Vaccination in Burma 1900-1911 - 1900-1911
Year: 1900
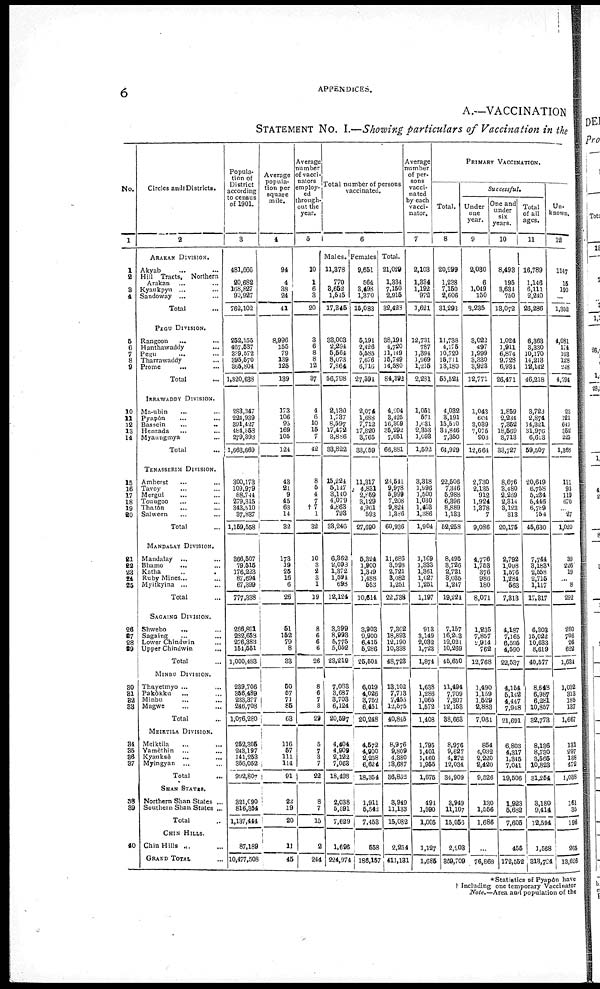
6
APPENDICES.
A.—VACCINATION
STATEMENT No. I.—Showing particulars of Vaccination in the
No.
1
1
2
3
4
5
6
7
8
9
10
11 12
13
14
15
16
17
18
19
20
21
22
23
24
25
26
27
28
29
30
31
32
33
34
35
36
37
38
39
40
Circles and Districts.
2
ARAKAN DIVISION.
Akyab... ... ...
Hill Tracts,
Northern
Arakan... ...
Kyaukpyu... ...
Sandoway ... ...
Total...
PEGU DIVISION.
Rangoon... ... ...
Hanthawaddy... ... ...
Pegu ... ... ...
Tharrawaddy... ...
Prome... ... ...
Total...
IRRAWADDY DIVISION.
Ma-ubin... ... ...
Paypôn... ... ...
Bassein... ...
Henzada... ...
Myaungmya... ...
Total...
TENASSERIM DIVISION.
Amherst... ...
Tavoy... ...
Mergui... ...
Toungoo... ...
Thatôn... ...
Salween... ...
Total...
MANDALAY DIVISION.
Mandalay... ... ...
Bhamo... ... ...
Katha... ... ...
Ruby Mines... ... ... ...
Myitkyina ... ... ...
Total...
SAGAING DIVISION.
Shewebo... ... ...
Sagaing
...
...
...
Lower Chindwin... ...
Upper Chindwin... ...
Total...
MINBU DIVISION.
Thayetmyo... ... ...
Pakôkku... ... ...
Minbu...
...
...
Magwe... ... ...
Total...
MEIKTILA DIVISION.
Meiktila... ... ...
Yamèthin... ... ...
Kyauksè... ... ...
Myingyan... ... ...
Total...
SHAN STATES.
Northern Shan States ...
Southern Shan States ...
Total...
CHIN HILLS.
Chin Hills ... ...
GRAND TOTAL...
Popula-
tion of
District
according
to census
of 1901.
3
481,666
20,682
168,827
90,927
762,102
252,155
467,537
339,572
395,570
365,804
1,820,638
283,347
224,939
391,427
484,553
279,393
1,663,669
300,173
109,979
88,744
279,315
343,510
37,837
1,159,558
366,507
79,515
176,223
87,694
67,399
777,338
286,891
282,658
276,383
151,551
1,000,483
239,706
356,489
233,377
246,708
1,076,280
252,305
243,197
141,253
356,052
952,807
321,090
816,354
1,137,444
87,189
10,477,508
Average
popula-
tion per
square
mile.
4
94
4 38
24
41
8,996
155
79
139
125
139
173
106
95
169
105
124
43
21
9
45
63
14
32
173
19
25
16
6
26
51
152
79
8
33
50
57
71
85
63
116 57
111
114
91
22
19
20
11
45
Average
number
of vacci-
nators
employ-
ed
through-
out the
year.
5
10
1
6
3
20
3
6
8
8
12
37
4
6
10
15
7
42
8
5
4
7
†7
1
32
10
3
2
3
1
19
8
6
6
6
26
8
6
7
8
29
5
7
3
7
22
8
7
15
2
244
Total number of persons
vaccinated.
6
Males.
11,378
770
3,652
1,545
17,345
33,003
2,294
5,564
8,073
7,864
56,798
2,130
1,737
8,597
17,472
3,886
88,822
15,224
5,147
3,140
4,079
4,863
793
33,246
6,362
2,098
1,372
1,594
698
12,124
3,399
8,993
5,775
5,052
23,219
7,083
3,687
3,703
6,124
20,597
4,404
4,909
2,122
7,063
18,498
2,038
5,591
7,629
1,698
224,974
Females
9,651
564
3,498
1,370
15,083
5,191
2,426
5,585
7,676
6,716
27,591
2,074
1,688
7,712
17,820
3,765
33,059
11,317
4,831
2,869
3,129
4,961
593
27,690
5,324
1,900
1,319
1,488
552
10,614
3,903
9,900
6,415
5,286
25,504
6,019
4,026
3,752
6,451
20,248
4,572
4,900
2,258
6,624
18,354
1,911
5,542
7,453
558
186,157
Total.
21,029
1,334
7,150
2,915
32,423
38,194
4,720
11,149
15,749
14,530
84,392
4,204
3,425
10,309
35,292
7,651
66,881
24,541
9,978
5,999
7,208
9,824
1,386
60,936
11,686
8,993
2,721
8,082
1,251
22,738
7,302
18,893
12,190
10,338
48,723
13,102
7,713
7,455
12,575
40,845
8,976
9,809
4,380
13,687
36,852
3,949
11,133
15,082
2,254
411,131
Average
number
of per-
sons
vacci-
nated
by each
vacci-
nator.
7
2,103
1,334
1,192
972
1,621
12,731
787
3,394
1,969
1,215
2,231
1,051
571
1,631
2,353
1,093
1,592
3,318
1,996
1,500
1,030
1,103
1,386
1,904
1,169
1,333
1,361
1,627
1,251
1,197
913
3,149
2,032
1,723
1,874
1,638
1,286
1,065
1,572
1,408
1,795
1,401
1,460
1,955
1,675
491
1,590
1,005
1,127
1,685
PRIMARY VACCINATION.
Total.
8
20,299
1,238
7,160
2,606
31,293
11,738
4,175
10,720
16,711
13,180
55,524
4,032
3,191
15,510
34,846
7,350
64,929
22,506
7,346
5,988
6,396
8,889
1,133
52,258
8,495
3,726
2,721
3,036
1,247
19,224
7,157
16,208
12,021
10,269
45,650
11,494
7,709
7,307
12,153
38,663
8,976
9,627
4,272
12,034
34,909
3,949
11,107
15,056
2,203
359,709
Successful.
Under
one
year.
9
2,030
6
1,049 150
8,235
3,022
497
1,999
3,330
3,923
32,771
1,043
604
3,039
7,075
903
12,664
2,730
2,135
912
1,924
1,378
7
9,086
4,776
1,753
376
986
180
8,071
1,235
7,857
2,914
762
12,768
1,490
1,159
1,529
2,883
7,061
854
4,032
2,220
2,420
9,526
130
1,556
1,686
...
76,868
One and
under
six
years.
10
8,493
195
3,634
750
13,072
1,024
1,911
6,874
9,728
6,934
26,471
1,859
2,231
7,362
18,569
3,713
33,727
8,676
3,480
2,259
2,314
3,123
313
20,175
2,792
1,098
1,576
1,284
563
7,313
4,187
7,165
6,595
4,590
22,537
4,154
5,142
4,447
7,948
21,691
6,803
4,317
1,345
7,041
19,506
1,923
5,682
7,605
455
172,552
Total
of all
ages.
11
16,789
1,146
6,111
2,240
26,286
6,363
3,330
10,170
14,213
12,142
46,218
3,723
2,874
14,321
31,970
6,613
59,507
20,649
6,758
5,234
5,446
6,789
754
45,630
7,744
3,183
2,558
2,715
1,117
17,317
6,303
15,022
10,633
8,619
40,577
8,648
6,987
6,281
10,857
32,773
8,136
8,730
3,565
10,823
31,254
3,180
9,414
12,594
1,568
313,724
Un-
known.
12
1147
15
190
...
1,352
4,081
174
163
128
248
4,794
23
121
617
352
225
1,368
111
93
119
670
...
27
1,020
39
226
19
... 8
292
280
706
26
622
1,634
1,032
313
185
137
1,667
131
297
138
472
1,038
161
35
196
265
13,626
* Statistics of Pyapôn have
† Including one temporary Vaccinator
Note.— Area and population of the